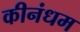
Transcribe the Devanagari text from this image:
कीनंधम